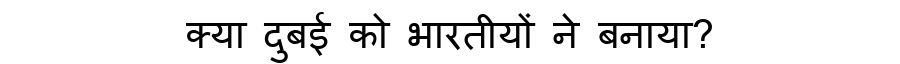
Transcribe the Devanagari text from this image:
क्या दुबई को भारतीयों ने बनाया?